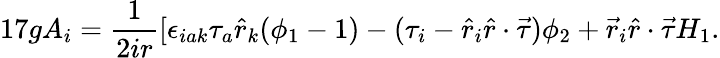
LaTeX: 17gA_{i}=\frac{1}{2ir}[\epsilon_{iak}\tau_{a}\hat{r}_{k}(\phi_{1}-1)-(\tau_{i}-\hat{r}_{i}\hat{r}\cdot\vec{\tau})\phi_{2}+\vec{r}_{i}\hat{r}\cdot\vec{\tau}H_{1}.